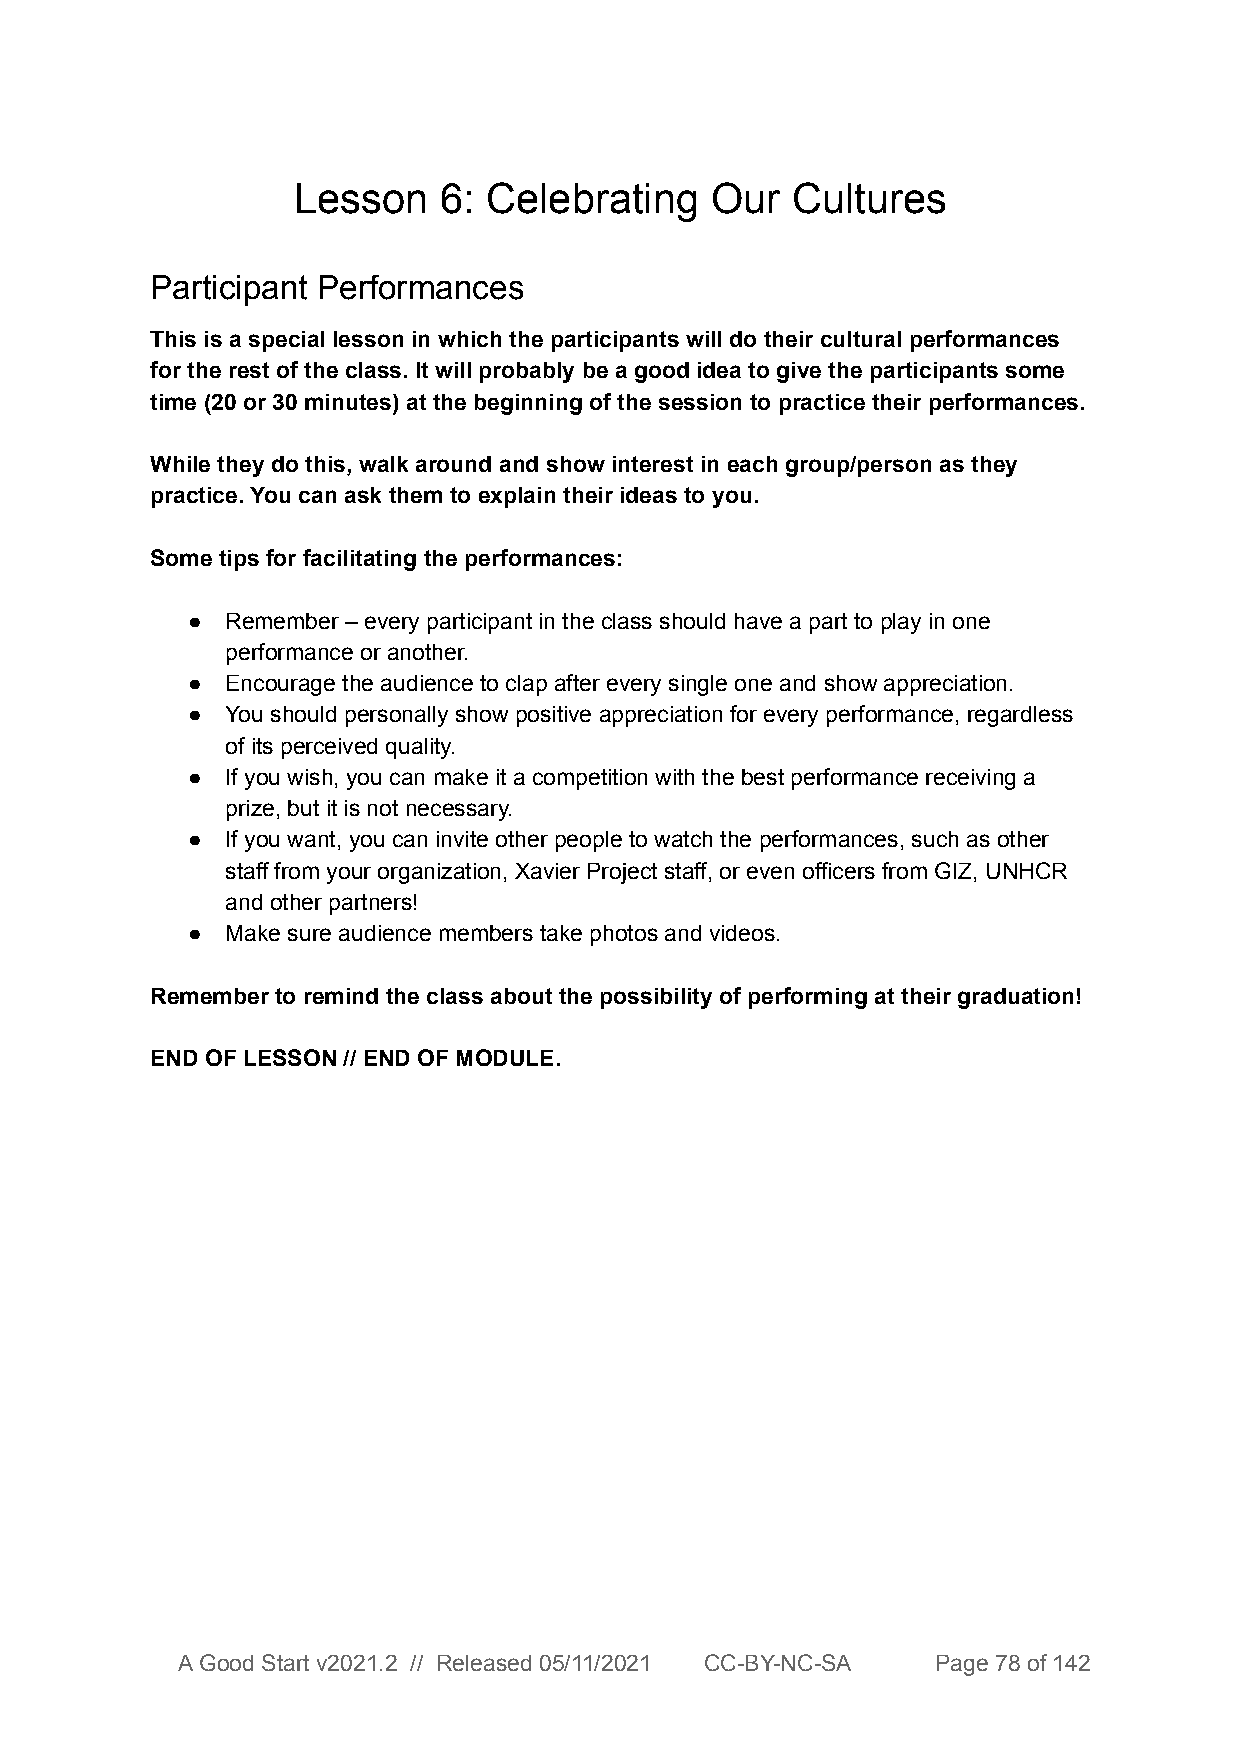
Lesson    6: Celebrating    Our  Cultures
 Participant Performances
 This is a special lesson in which the participants will do their cultural performances
 for the rest of the class. It will probably be a good idea to give the participants some
 time (20 or 30 minutes) at the beginning of the session to practice their performances.
 While they do this, walk around and show interest in each group/person as they
 practice. You can ask them to explain their ideas to you.
 Some tips for facilitating the performances:
 ●  Remember – every participant in the class should have a part to play in one
 performance or another.
 ●  Encourage the audience to clap after every single one and show appreciation.
 ●  You should personally show positive appreciation for every performance, regardless
 of its perceived quality.
 ●  If you wish, you can make it a competition with the best performance receiving a
 prize, but it is not necessary.
 ●  If you want, you can invite other people to watch the performances, such as other
 staff from your organization, Xavier Project staff, or even officers from GIZ, UNHCR
 and other partners!
 ●  Make sure audience members take photos and videos.
 Remember to remind the class about the possibility of performing at their graduation!
 END OF LESSON // END OF MODULE.
 A Good Start v2021.2 // Released 05/11/2021 CC-BY-NC-SA Page 78 of 142